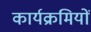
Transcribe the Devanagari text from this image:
कार्यक्रमियों